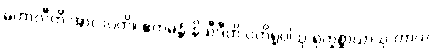
မဟာလီတိ အာလပတိ။ ဧကမန္တံ နိသီဒီတိ ပတိရူပါသု ရုက္ခစ္ဆာယာသု တာယ